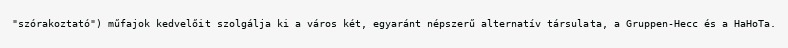
"szórakoztató") műfajok kedvelőit szolgálja ki a város két, egyaránt népszerű alternatív társulata, a Gruppen-Hecc és a HaHoTa.